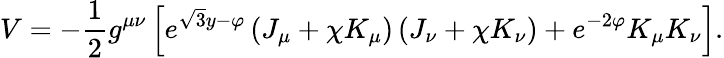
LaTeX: V=-\frac{1}{2}g^{\mu\nu}\left[e^{\sqrt{3}y-\varphi}\left(J_{\mu}+\chi K_{\mu}\right)\left(J_{\nu}+\chi K_{\nu}\right)+e^{-2\varphi}K_{\mu}K_{\nu}\right].